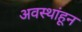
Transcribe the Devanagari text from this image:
अवस्थांहून